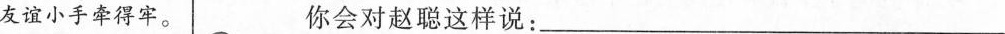
友谊小手牵得牢。 你会对赵聪这样说：___